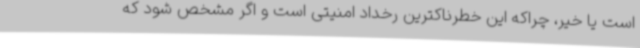
است یا خیر، چراکه این خطرناکترین رخداد امنیتی است و اگر مشخص شود که